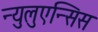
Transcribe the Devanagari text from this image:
न्युलुएन्सिस